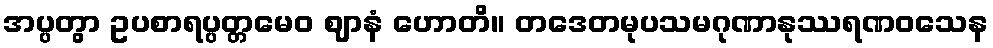
အပ္ပတွာ ဥပစာရပ္ပတ္တမေဝ ဈာနံ ဟောတိ။ တဒေတမုပသမဂုဏာနုဿရဏဝသေန